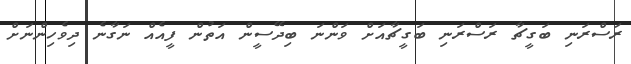
ރަސްރަނި ބަގީޗާ ރަސްރަނި ބަގީޗާއަށް ވަންނަ ބިދޭސީން އަތުން ފީއެއް ނަގާނެ ދިވެހިންނަށް